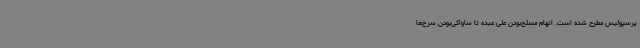
پرسپولیس مطرح شده است. اتهام مسلح‌بودن علی عبده تا ساواکی‌بودن سرخ‌ها